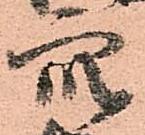
衆